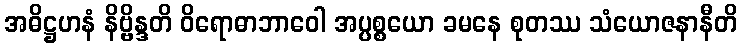
အဓိဋ္ဌဟနံ နိဗ္ဗိန္ဒတိ ဝိရောဓာဘာဝေါ အပ္ပစ္စယော ခမနေ စုတဿ သံယောဇနာနီတိ